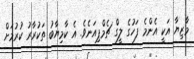
މާޒިޔާ އަކީ އެންމެ ފަހުގެ ލީގް ޗެމްޕިއަނެވެ. އެ ކާމިޔާބު ތަކުރާރު ކުރުމަށް